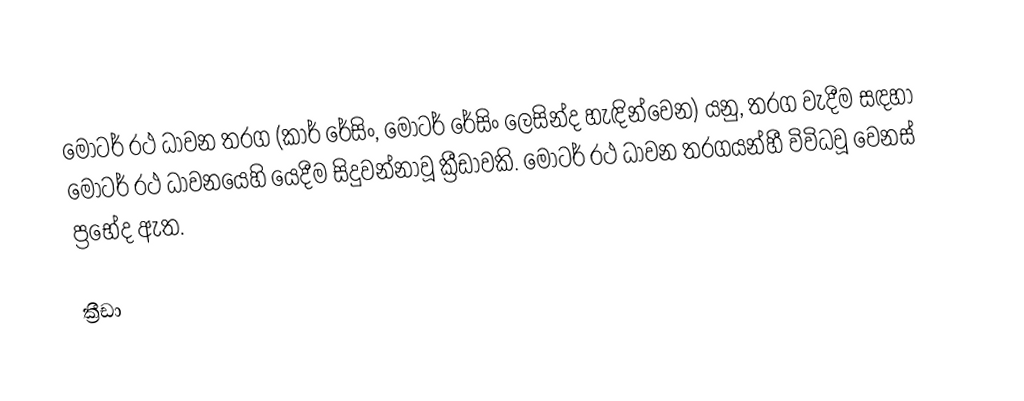
මෝටර් රථ ධාවන තරග (කාර් රේසිං, මෝටර් රේසිං ලෙසින්ද හැඳින්වෙන) යනු, තරග වැදීම සඳහා මෝටර් රථ ධාවනයෙහි යෙදීම සිදුවන්නාවූ ක්‍රීඩාවකි. මෝටර් රථ ධාවන තරගයන්හී විවිධවූ වෙනස් ප්‍රභේද ඇත.

ක්‍රීඩා